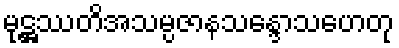
မုဋ္ဌဿတိအသမ္ပဇာနသန္ဒောသဟေတု